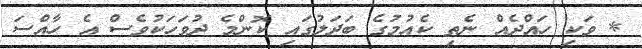
* ވަކި ހައްދެއް ނެތި ކެއުމުގެ ބަދަލުގައި ކޮންމެ ދުވަހަަކުވެސް އެ ހާއްސަ